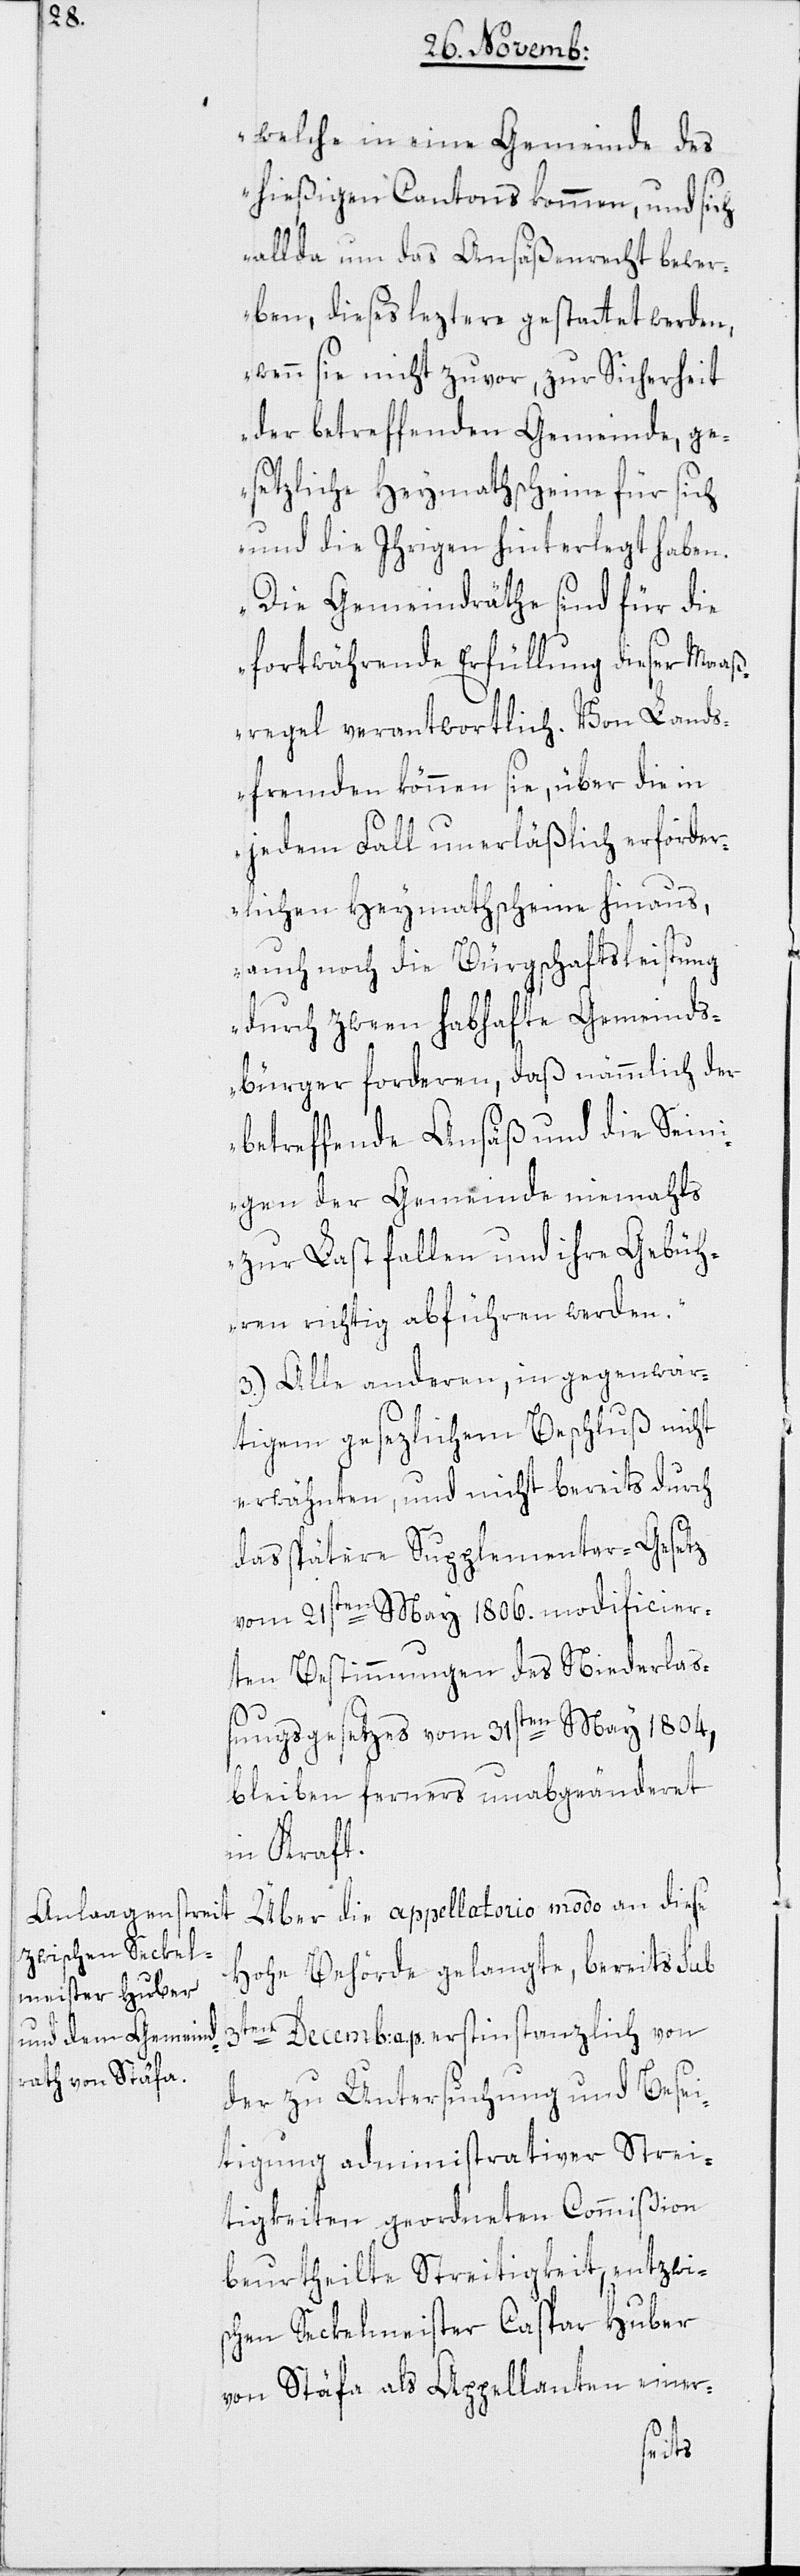
welche in eine Gemeinde des
hießigen Cantons kommen, und sich
allda um das Ansäßenrecht bewer¬
ben, dieses leztere gestattet werden,
wenn sie nicht zuvor, zur Sicherheit
der betreffenden Gemeinde, ge¬
setzliche Heymathscheine für sich
und die Ihrigen hinterlegt haben.
Die Gemeindräthe sind für die
fortwährende Erfüllung dieser Maaß¬
regel verantwortlich. Von Lands¬
fremden können sie, über die in
jedem Fall unerläßlich erforder¬
lichen Heymathscheine hinaus,
auch noch die Bürgschaftsleistung
durch zween habhafte Gemeinds¬
bürger forderen, daß nämmlich der
betreffende Ansäß und die Sein¬
igen der Gemeinde niemahls
zur Last fallen und ihre Gebüh¬
ren richtig abführen werden.“
3.) Alle anderen in gegenwär¬
tigem gesezlichem Beschluß nicht
erwähnten, und nicht bereits durch
das spätere Supplementar-Gesetz
vom 21sten May 1806. modificier¬
ten Bestimmungen des Niederlaß¬
ungsgesetzes vom 31sten May 1804.,
bleiben ferners unabgeänderet
in Kraft.
Über die appellatorio modo an diese
Hohe Behörde gelangte, bereits sub
3ten December a. p. erstinstanzlich von
der zu Untersuchung und Besei¬
tigung administrativer Strei¬
tigkeiten geordneten Commißion
beurtheilte Streitigkeit, entzwi¬
schen Seckelmeister Caspar Huber
von Stäfa als Appellanten einer-